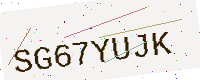
Text: SG67YUJK